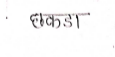
मजकूर: छकडा